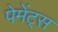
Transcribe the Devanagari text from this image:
पेमेंट्‌स